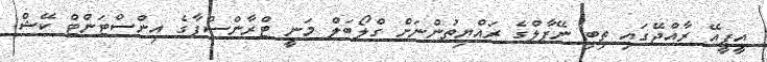
އީޕީއޭ ރާއްޖޭގައި ތިބި ނޭޕާލްގެ ރައްޔިތުންނަށް ގްލޯބަލް މަނީ ޓްރާންސްފާގެ އިންސްޓަންޓް ކޭޝް